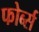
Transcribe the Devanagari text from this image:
फोर्ब्स